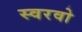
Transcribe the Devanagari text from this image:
स्वरवो